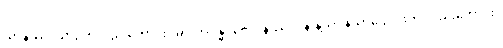
ယာနဿ၊ ယာဉ်ကိုလည်းကောင်း။ မာလာဂန္ဓဝိလေပနဿ၊ ပန်းနံ့သာ နံ့သာပျောင်းကို လည်းကောင်း။